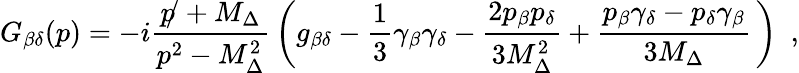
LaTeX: G_{\beta\delta}(p)=-i\frac{p\! \! /+M_{\Delta}}{p^{2}-M_{\Delta}^{2}}\, \biggl(g_{\beta\delta}-\frac{1}{3}\gamma_{\beta}\gamma_{\delta}-\frac{2p_{\beta}p_{\delta}}{3M_{\Delta}^{2}}+\frac{p_{\beta}\gamma_{\delta}-p_{\delta}\gamma_{\beta}}{3M_{\Delta}}\, \biggr)\, \, \, ,